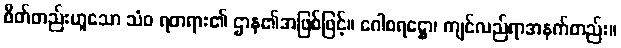
စိတ်တည်းဟူသော သံဝ ရတရား၏ ဌာန၏အဖြစ်ဖြင့်။ ဂေါစရဋ္ဌော၊ ကျင်လည်ရာအနက်တည်း။